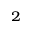
^ { 2 }